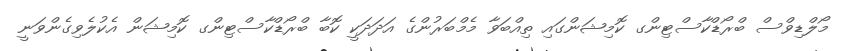
މޯލްޑިވްސް ބްރޯޑްކާސްޓިންގ ކޮމިޝަންގައި ތިއްބަވާ މެމްބަރުންގެ އަދަދަކީ ކޮބާ ބްރޯޑްކާސްޓިންގ ކޮމިޝަން އެކުލެވިގެންވަނީ